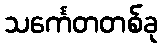
သင်္ကေတတစ်ခု